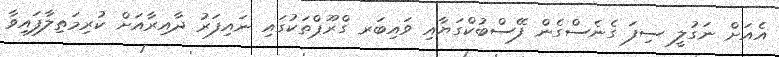
އެއަށް ނަގުލީ ސިފަ ގެނެސްގެން ފޭސްބުކްގަޔާއި ވައިބަރ ގްރޫޕްތަކުގައި ނައިފަރު ދާއިރާއަށް ކުރިމަތިލާފައިވާ